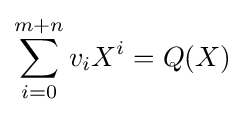
\sum _{i=0}^{m+n}v_{i}X^{i}=Q(X)